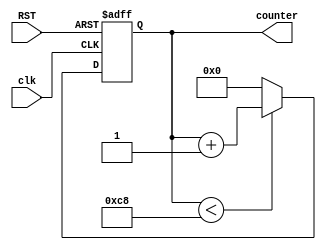
/***********************************************
Module Name:   counter_parameter
Feature:       Counter with parameter bit_width and max_value
Coder:         Garfield
Organization:  XXXX Group, Department of Architecture
------------------------------------------------------
Input ports:   clk, 1 bit,clk
               RST, 1 bit, reset
Output Ports:  counter, bit width defined by parameter WIDTH,
                        counter value
Parameters:    WIDTH, bit width
               MAX_VALUE, maximum couter value
------------------------------------------------------
History:
02-03-2016: First Version by Garfield
02-04-2016: First verified by Counter_Parameter_test
***********************************************/
module counter_parameter
#(parameter WIDTH = 8,
//Bit width for output
MAX_VALUE = 200)
//Maximun value for counter)
  ( 
    input clk, RST,
    output reg[WIDTH - 1:0] counter
  );

  
//Load other module(s)

//Definition for Variables in the module

//Logic
always @(posedge clk or negedge RST)
begin
    if (!RST)
    begin
        counter <= 1'h0;
    end
    else if (counter < MAX_VALUE)
    begin
       counter <= counter + 1'h1;    	
    end
    else
    begin
       counter <= 1'h0;    	
    end
end
endmodule